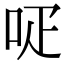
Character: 𠰊